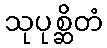
သုပုစ္ဆိတံ